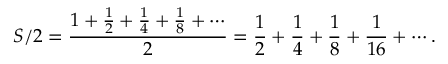
S / 2 = { \frac { 1 + { \frac { 1 } { 2 } } + { \frac { 1 } { 4 } } + { \frac { 1 } { 8 } } + \cdots } { 2 } } = { \frac { 1 } { 2 } } + { \frac { 1 } { 4 } } + { \frac { 1 } { 8 } } + { \frac { 1 } { 1 6 } } + \cdots .